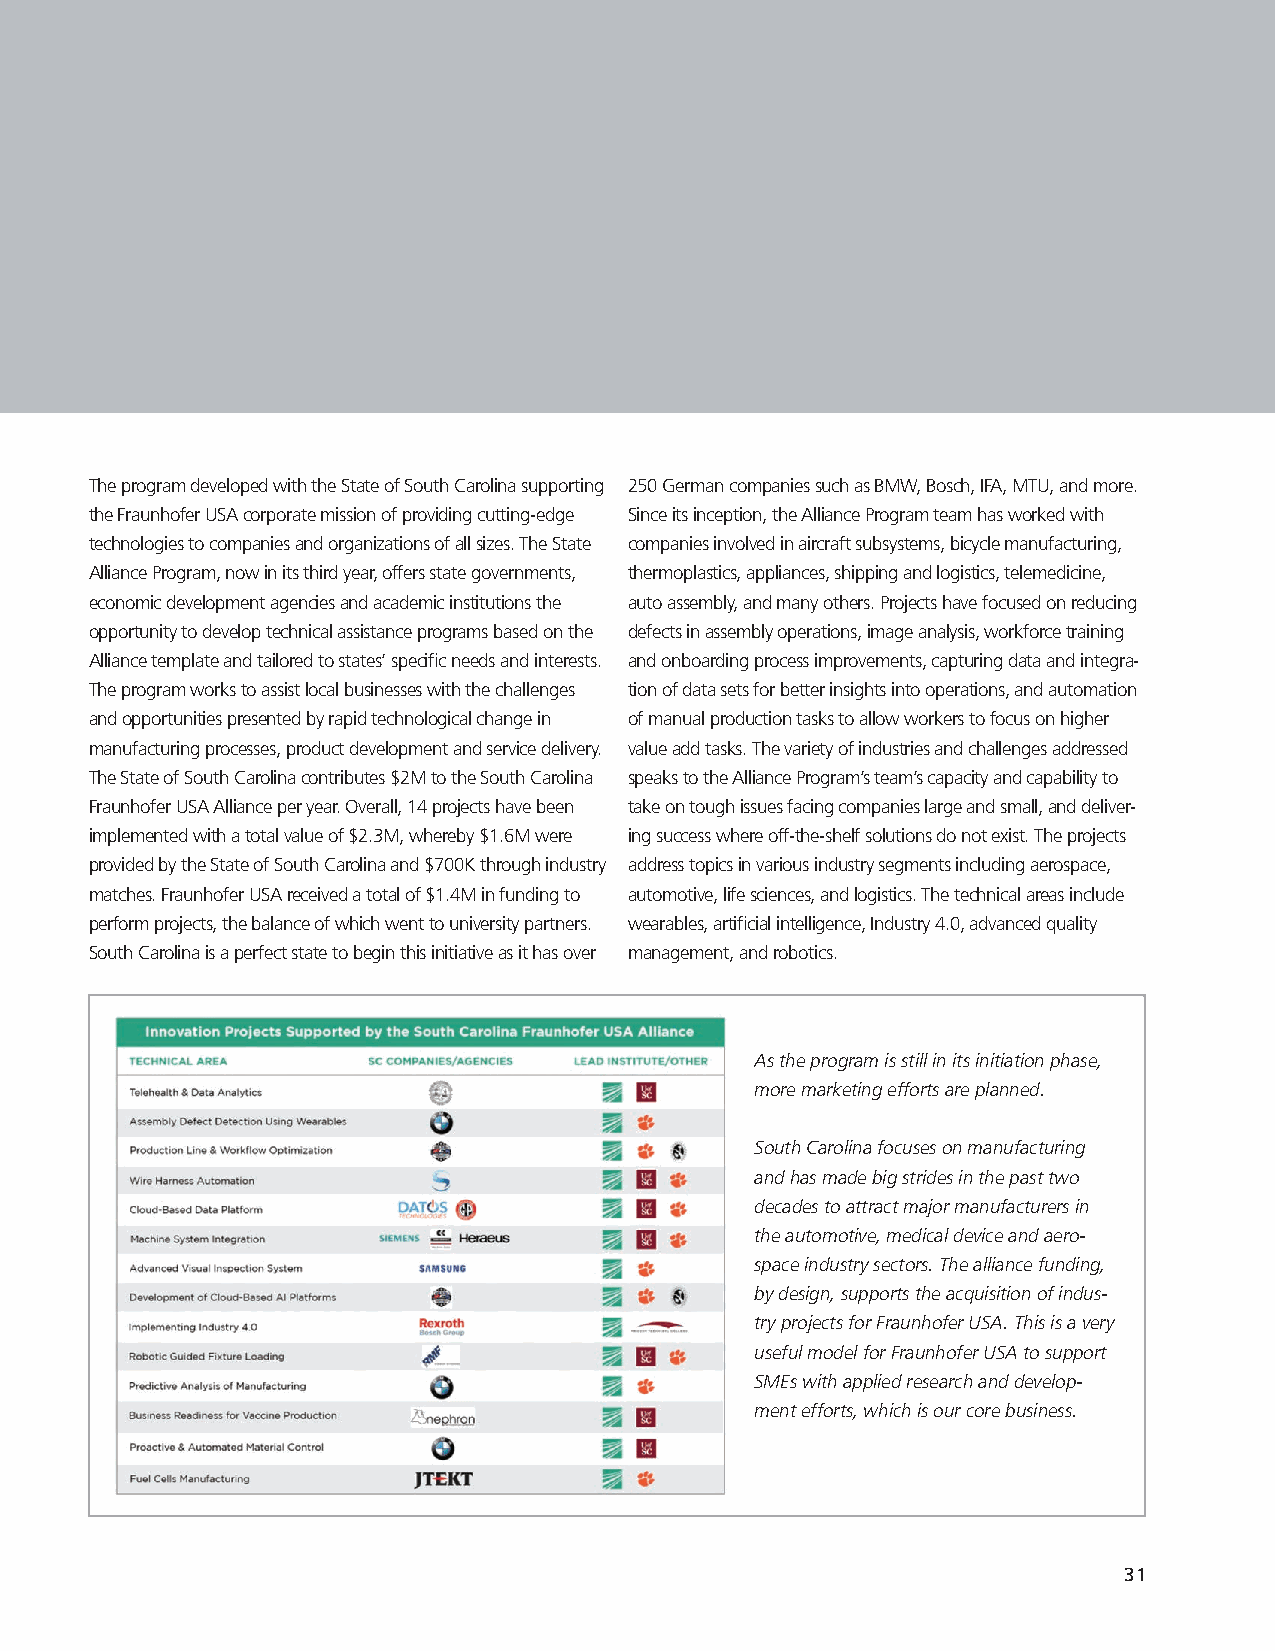
The program developed with the State of South Carolina supporting 250 German companies such as BMW, Bosch, IFA, MTU, and more.
 the Fraunhofer USA corporate mission of providing cutting-edge Since its inception, the Alliance Program team has worked with
 technologies to companies and organizations of all sizes. The State companies involved in aircraft subsystems, bicycle manufacturing,
 Alliance Program, now in its third year, offers state governments, thermoplastics, appliances, shipping and logistics, telemedicine,
 economic development agencies and academic institutions the auto assembly, and many others. Projects have focused on reducing
 opportunity to develop technical assistance programs based on the defects in assembly operations, image analysis, workforce training
 Alliance template and tailored to states’ specific needs and interests. and onboarding process improvements, capturing data and integra-
 The program works to assist local businesses with the challenges tion of data sets for better insights into operations, and automation
 and opportunities presented by rapid technological change in of manual production tasks to allow workers to focus on higher
 manufacturing processes, product development and service delivery. value add tasks. The variety of industries and challenges addressed
 The State of South Carolina contributes $2M to the South Carolina speaks to the Alliance Program’s team’s capacity and capability to
 Fraunhofer USA Alliance per year. Overall, 14 projects have been take on tough issues facing companies large and small, and deliver-
 implemented with a total value of $2.3M, whereby $1.6M were ing success where off-the-shelf solutions do not exist. The projects
 provided by the State of South Carolina and $700K through industry address topics in various industry segments including aerospace,
 matches. Fraunhofer USA received a total of $1.4M in funding to automotive, life sciences, and logistics. The technical areas include
 perform projects, the balance of which went to university partners. wearables, artificial intelligence, Industry 4.0, advanced quality
 South Carolina is a perfect state to begin this initiative as it has over management, and robotics.
 As the program is still in its initiation phase,
 more marketing efforts are planned.
 South Carolina focuses on manufacturing
 and has made big strides in the past two
 decades to attract major manufacturers in
 the automotive, medical device and aero-
 space industry sectors. The alliance funding,
 by design, supports the acquisition of indus-
 try projects for Fraunhofer USA. This is a very
 useful model for Fraunhofer USA to support
 SMEs with applied research and develop-
 ment efforts, which is our core business.
 31